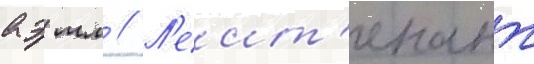
аэ мл // Л'еит'енант